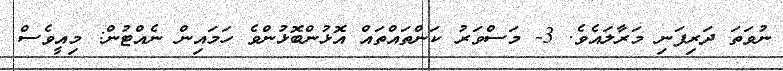
ނުވަތަ ދަރިފަނި މަރާލައެވެ. 3- މަސްވަރު ކަންތައްތައް އޮޅުންބޮޅުންވެ ހަމައިން ނެއްޓުން: މިއީވެސް